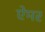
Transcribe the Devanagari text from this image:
ऐमर